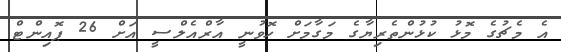
އެ މެޗުގެ މޮޅު ކުޅުންތެރިޔާގެ މަގާމަށް ހޮވުނީ އާރްއެލްސީ އަށް 26 ޕޮއިންޓް